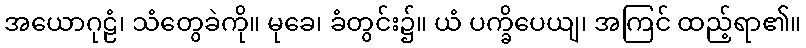
အယောဂုဠံ၊ သံတွေခဲကို။ မုခေ၊ ခံတွင်း၌။ ယံ ပက္ခိပေယျ၊ အကြင် ထည့်ရာ၏။